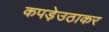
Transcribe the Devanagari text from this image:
कपड़ेउठाकर